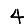
Digit: 4